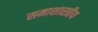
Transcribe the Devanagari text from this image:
समाशास्त्रीय